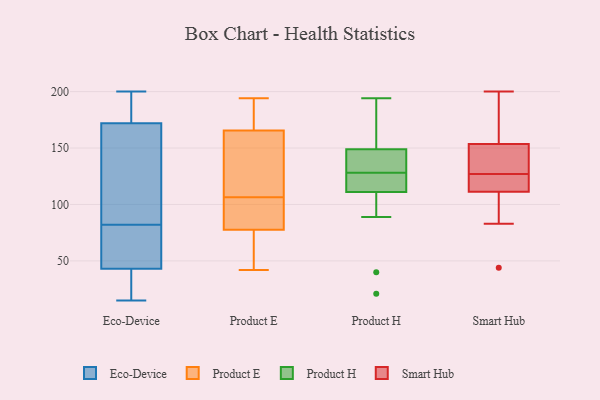
{"axis": {"x": "Production Output", "y": "Value"}, "legend": ["Eco-Device", "Product E", "Product H", "Smart Hub"], "data": [{"x": "", "y": 183, "type": "Eco-Device"}, {"x": "", "y": 43, "type": "Eco-Device"}, {"x": "", "y": 76, "type": "Eco-Device"}, {"x": "", "y": 144, "type": "Eco-Device"}, {"x": "", "y": 70, "type": "Eco-Device"}, {"x": "", "y": 172, "type": "Eco-Device"}, {"x": "", "y": 33, "type": "Eco-Device"}, {"x": "", "y": 15, "type": "Eco-Device"}, {"x": "", "y": 117, "type": "Eco-Device"}, {"x": "", "y": 188, "type": "Eco-Device"}, {"x": "", "y": 24, "type": "Eco-Device"}, {"x": "", "y": 55, "type": "Eco-Device"}, {"x": "", "y": 88, "type": "Eco-Device"}, {"x": "", "y": 144, "type": "Eco-Device"}, {"x": "", "y": 177, "type": "Eco-Device"}, {"x": "", "y": 200, "type": "Eco-Device"}, {"x": "", "y": 20, "type": "Eco-Device"}, {"x": "", "y": 47, "type": "Eco-Device"}, {"x": "", "y": 155, "type": "Product E"}, {"x": "", "y": 49, "type": "Product E"}, {"x": "", "y": 91, "type": "Product E"}, {"x": "", "y": 180, "type": "Product E"}, {"x": "", "y": 97, "type": "Product E"}, {"x": "", "y": 80, "type": "Product E"}, {"x": "", "y": 167, "type": "Product E"}, {"x": "", "y": 42, "type": "Product E"}, {"x": "", "y": 194, "type": "Product E"}, {"x": "", "y": 164, "type": "Product E"}, {"x": "", "y": 99, "type": "Product E"}, {"x": "", "y": 62, "type": "Product E"}, {"x": "", "y": 114, "type": "Product E"}, {"x": "", "y": 158, "type": "Product E"}, {"x": "", "y": 75, "type": "Product E"}, {"x": "", "y": 171, "type": "Product E"}, {"x": "", "y": 151, "type": "Product H"}, {"x": "", "y": 126, "type": "Product H"}, {"x": "", "y": 114, "type": "Product H"}, {"x": "", "y": 111, "type": "Product H"}, {"x": "", "y": 182, "type": "Product H"}, {"x": "", "y": 143, "type": "Product H"}, {"x": "", "y": 128, "type": "Product H"}, {"x": "", "y": 89, "type": "Product H"}, {"x": "", "y": 111, "type": "Product H"}, {"x": "", "y": 183, "type": "Product H"}, {"x": "", "y": 40, "type": "Product H"}, {"x": "", "y": 21, "type": "Product H"}, {"x": "", "y": 194, "type": "Product H"}, {"x": "", "y": 128, "type": "Product H"}, {"x": "", "y": 131, "type": "Product H"}, {"x": "", "y": 158, "type": "Smart Hub"}, {"x": "", "y": 127, "type": "Smart Hub"}, {"x": "", "y": 111, "type": "Smart Hub"}, {"x": "", "y": 118, "type": "Smart Hub"}, {"x": "", "y": 112, "type": "Smart Hub"}, {"x": "", "y": 128, "type": "Smart Hub"}, {"x": "", "y": 44, "type": "Smart Hub"}, {"x": "", "y": 200, "type": "Smart Hub"}, {"x": "", "y": 167, "type": "Smart Hub"}, {"x": "", "y": 83, "type": "Smart Hub"}, {"x": "", "y": 140, "type": "Smart Hub"}]}